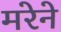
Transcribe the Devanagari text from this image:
मरेने